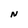
Character: N